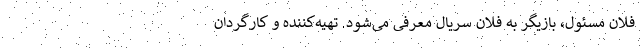
فلان مسئول، بازیگر به فلان سریال معرفی می‌شود. تهیه‌کننده و کارگردان